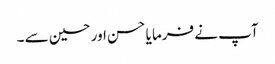
آپ نے فرما یا حسن اور حسین سے ۔